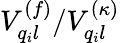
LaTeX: V_{q_{i}l}^{(f)}/{V}_{q_{i}l}^{(\kappa)}